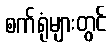
စက်ရုံများတွင်